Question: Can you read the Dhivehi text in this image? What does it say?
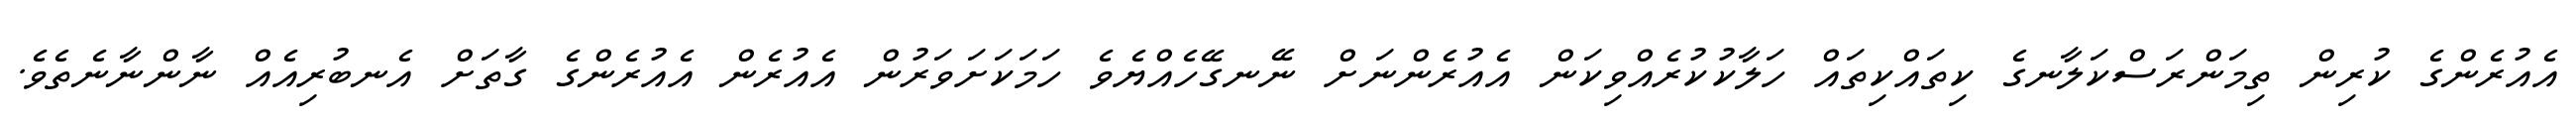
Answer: އެއުރެންގެ ކުރިން ތިމަންރަސްކަލާނގެ ކިތައްކިތައް ހަލާކުކުރެއްވިކަން އެއުރެންނަށް ނޭނގޭހެއްޔެވެ ހަމަކަށަވަރުން އެއުރެން އެއުރެންގެ ގާތަށް އެނބުރިއެއް ނާންނާނެތެވެ.